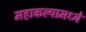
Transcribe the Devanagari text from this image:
महाकल्पामध्ये